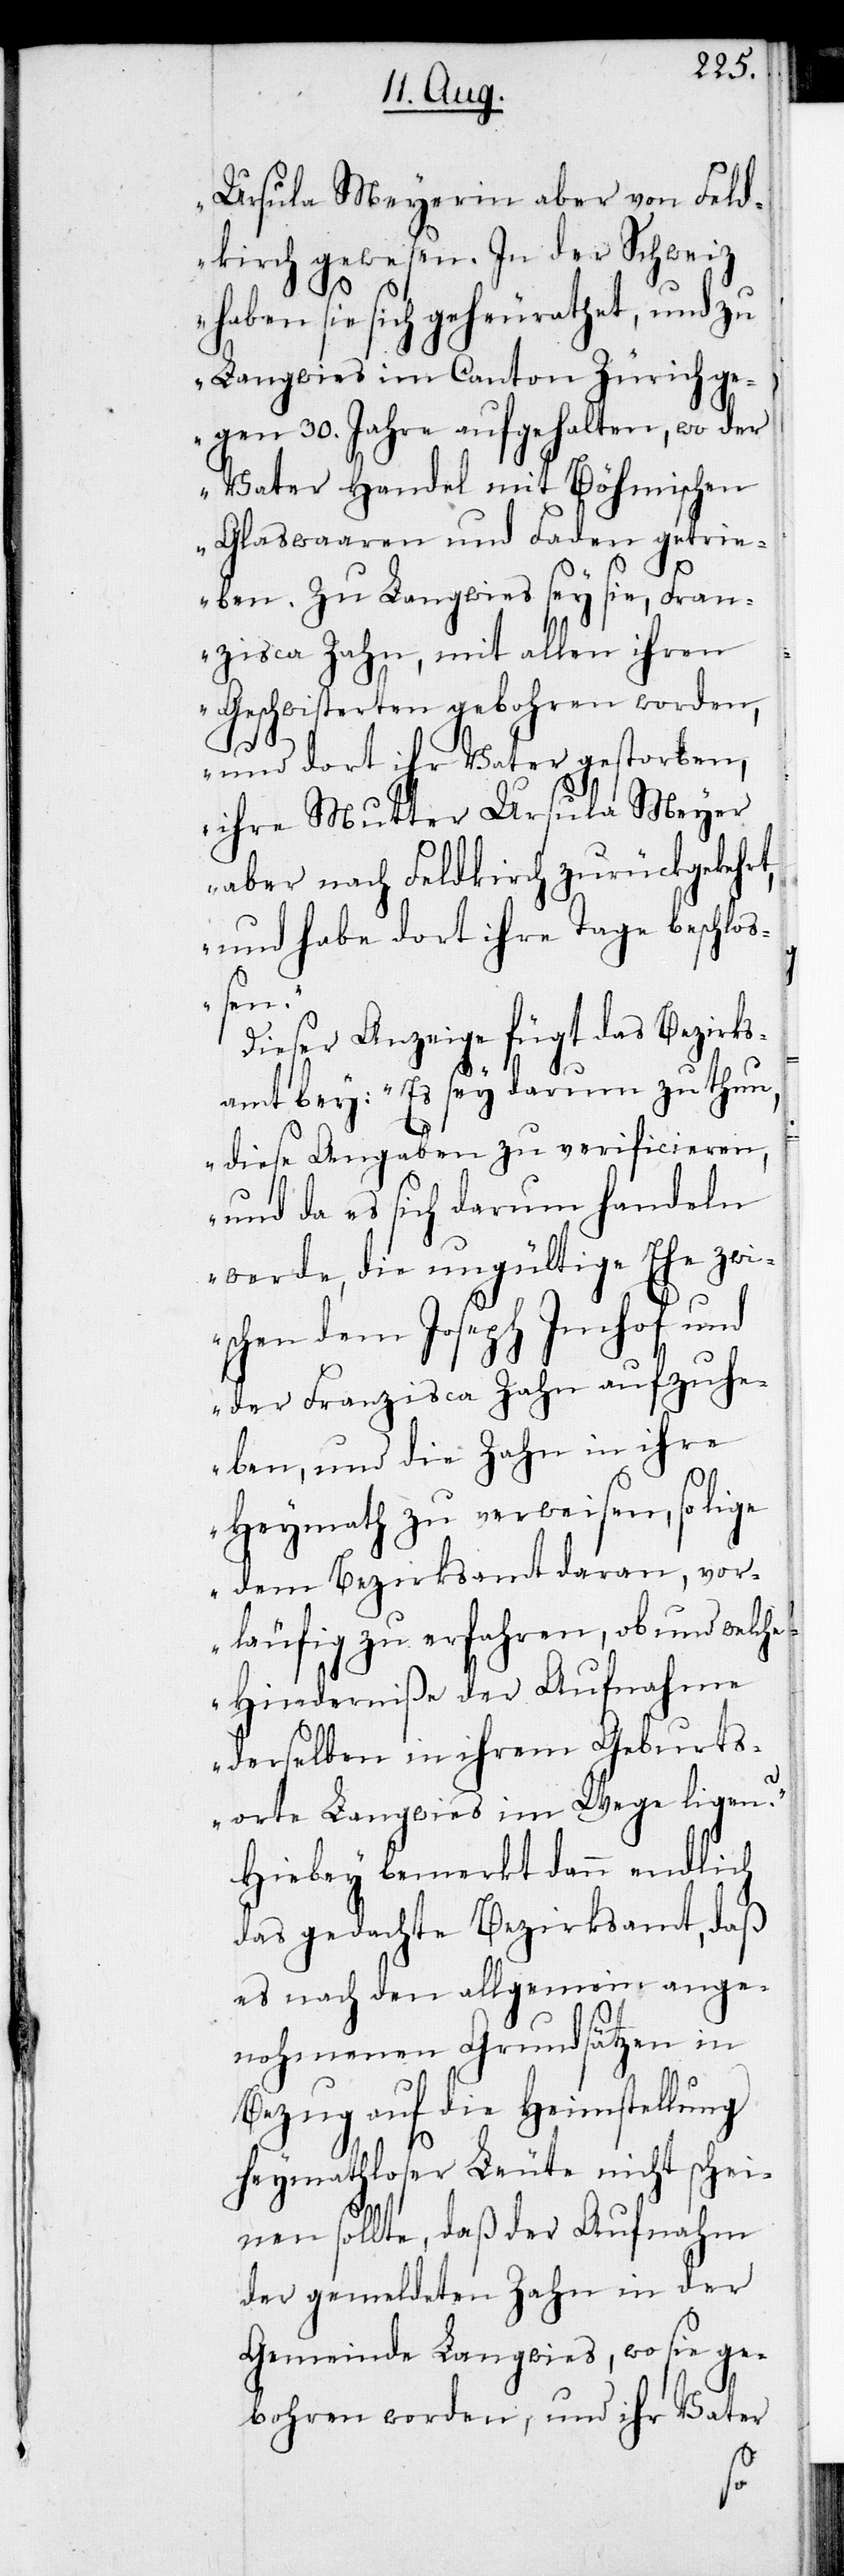
Ursula Meyerin aber von Feld¬
kirch gewesen. In der Schweiz
haben sie sich geheurathet, und zu
Langwies im Canton Zürich ge¬
gen 30. Jahre aufgehalten, wo der
Vater Handel mit Böhmischen
Glaswaaren und Faden getrie¬
ben. Zu Langwies sey sie, Fran¬
zisca Zahn, mit allen ihren
Geschwisterten gebohren worden,
und dort ihr Vater gestorben,
ihre Mutter Ursula Meyer
aber nach Feldkirch zurückgekehrt,
und habe dort ihre Tage beschloß¬
en.“
Dieser Anzeige fügt das Bezirks¬
amt bey: „Es sey darum zu thun,
diese Angaben zu verificieren,
und da es sich darum handeln
werde, die ungültige Ehe zwi¬
schen dem Joseph Imhof und
der Franzisca Zahn aufzuhe¬
ben, und die Zahn in ihre
Heymath zu verweisen, so lige
dem Bezirksamt daran, vor¬
läufig zu erfahren, ob und welche
Hinderniße der Aufnahme
derselben in ihrem Geburts¬
orte Langwies im Wege ligen?“
Hiebey bemerkt dann endlich
das gedachte Bezirksamt, daß
es nach den allgemein ange¬
nohmenen Grundsätzen in
Bezug auf die Heimstellung
heymathloser Leute nicht schei¬
nen sollte, daß der Aufnahm
der gemeldeten Zahn in der
Gemeinde Langwies, wo sie ge¬
bohren worden, und ihr Vater